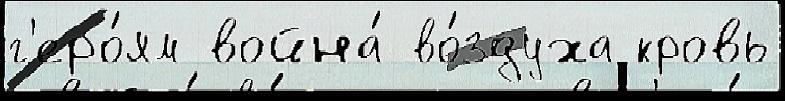
г'еро́ям война́ во́здуха кровь